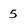
Character: 5